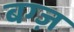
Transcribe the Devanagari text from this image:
बग्ज़